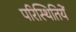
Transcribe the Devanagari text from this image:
परिस्थितियें